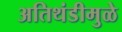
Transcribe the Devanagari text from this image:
अतिथंडीमुळे